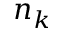
n _ { k }